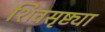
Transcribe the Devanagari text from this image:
शिवसृष्ट्या